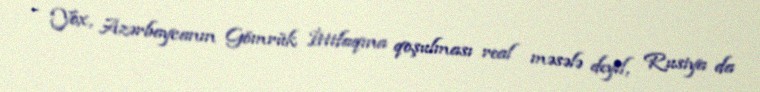
- Yox, Azərbaycanın Gömrük İttifaqına qoşulması real məsələ deyil, Rusiya da